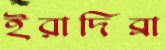
ইরাদিব্রা